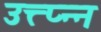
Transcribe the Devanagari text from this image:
उत्त्प्न्न